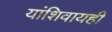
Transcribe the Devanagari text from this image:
यांशिवायही